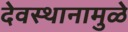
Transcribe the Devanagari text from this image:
देवस्थानामुळे